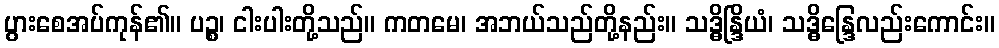
ပွားစေအပ်ကုန်၏။ ပဉ္စ၊ ငါးပါးတို့သည်။ ကတမေ၊ အဘယ်သည်တို့နည်း။ သဒ္ဓိန္ဒြိယံ၊ သဒ္ဓိန္ဒြေလည်းကောင်း။